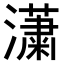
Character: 𤂣